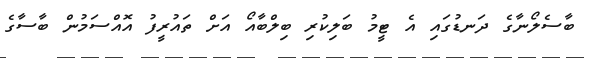
ބާސެލޯނާގެ ދަނޑުގައި އެ ޓީމު ބަލިކުރި ބިލްބާއޯ އަށް ތައުރީފު އޮއްސަމުން ބާސާގެ